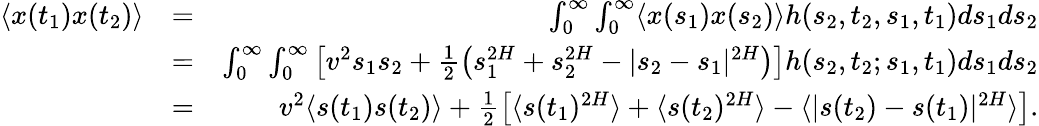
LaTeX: \begin{array}{rlr}{\langle x(t_{1})x(t_{2})\rangle}&{=}&{\int_{0}^{\infty}\int_{0}^{\infty}\langle x(s_{1})x(s_{2})\rangle h(s_{2},t_{2},s_{1},t_{1})ds_{1}ds_{2}}\\ &{=}&{\int_{0}^{\infty}\int_{0}^{\infty}\left[v^{2}s_{1}s_{2}+\frac{1}{2}\left(s_{1}^{2H}+s_{2}^{2H}-|s_{2}-s_{1}|^{2H}\right)\right]h(s_{2},t_{2};s_{1},t_{1})ds_{1}ds_{2}}\\ &{=}&{v^{2}\langle s(t_{1})s(t_{2})\rangle+\frac{1}{2}\left[\langle s(t_{1})^{2H}\rangle+\langle s(t_{2})^{2H}\rangle-\langle|s(t_{2})-s(t_{1})|^{2H}\rangle\right].}\end{array}